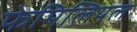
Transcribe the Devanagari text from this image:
फेमिलियल